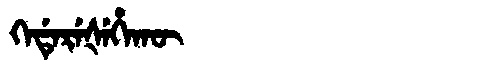
Manchu: ᡴᡝᡩᡝᡵᡝᡧᡝᡥᠠᡴᡡ
Romanization: KEDEREŠEHAKŪ